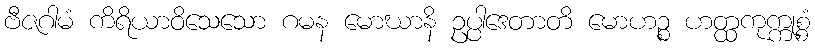
ဗီဇဂါမံ ကိရိယာဝိသေသော ဂမန မောဃာနိ ဥပ္ပါဒေတာတိ မောဟဉ္စ ဟတ္ထကုက္ကုစ္စံ